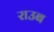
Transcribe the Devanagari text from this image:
राउब